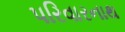
પરિવારનાથ